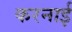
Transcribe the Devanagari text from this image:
करनाई